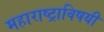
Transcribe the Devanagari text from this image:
महाराष्ट्राविषयी